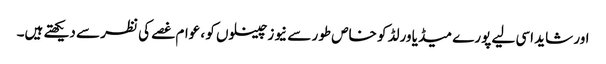
اور شاید اسی لیے پورے میڈیا ورلڈ کو خاص طور سے نیوز چینلوں کو ، عوام غصے کی نظر سے دیکھتے ہیں۔